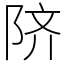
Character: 𬯀